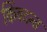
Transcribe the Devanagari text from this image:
किंवदन्त